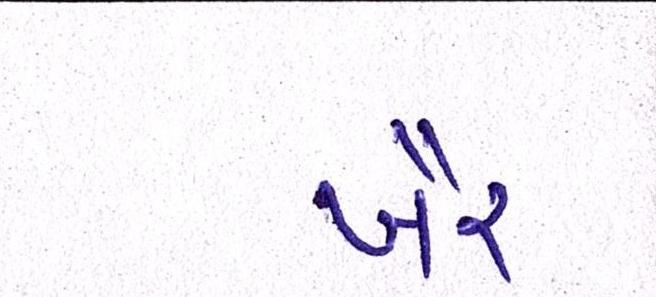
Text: ખૈર